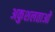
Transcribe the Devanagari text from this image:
अकुशलताओं